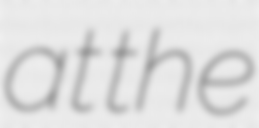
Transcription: at the